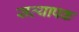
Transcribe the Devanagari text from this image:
सत्यापक